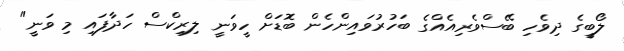
ލޯބީގެ ދިވެހި ބޭސްވެރިއެއްގެ ބަހުރުވައިންހެން ބޮޑަށް ހީވަނީ ލިރިކްސް ހަދާފައި މި ވަނީ"